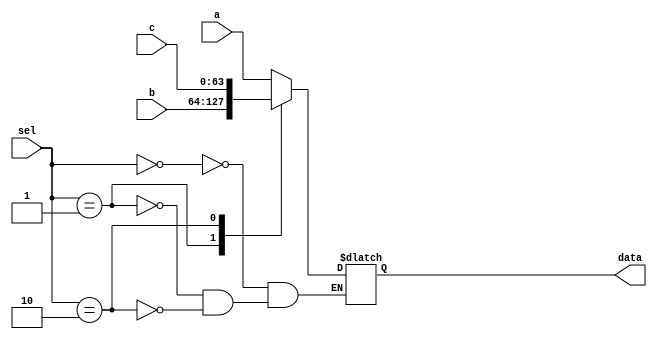
module three_bit_Mux
(
  input [1:0]sel,
  input [63:0]a,
  input [63:0]b,
  input [63:0]c,
  output reg [63:0]data
);

always @(*)
begin
			case({sel})
				2'b00: data <= a;
				2'b01: data <= b;
				2'b10: data <= c;
			endcase
		end
endmodule